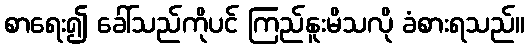
စာရေး၍ ခေါ်သည်ကိုပင် ကြည်နူးမိသလို ခံစားရသည်။